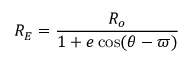
R _ { E } = { \frac { R _ { o } } { 1 + e \cos ( \theta - \varpi ) } }